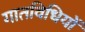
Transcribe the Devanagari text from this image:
गातविधियों